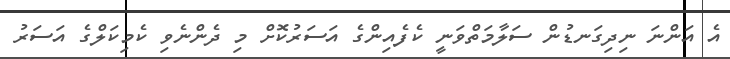
އެ އަންނަ ނިދިގަނޑުން ސަލާމަތްވަނީ ކެފެއިންގެ އަސަރުކޮށް މި ދެންނެވި ކެމިކަލްގެ އަސަރު